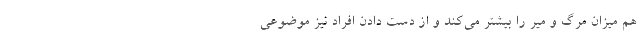
هم میزان مرگ و میر را بیشتر می‌کند و از دست دادن افراد نیز موضوعی